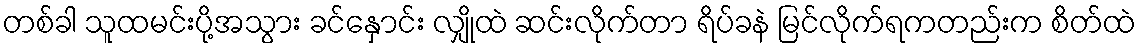
တစ်ခါ သူထမင်းပို့အသွား ခင်နှောင်း လျှိုထဲ ဆင်းလိုက်တာ ရိပ်ခနဲ မြင်လိုက်ရကတည်းက စိတ်ထဲ